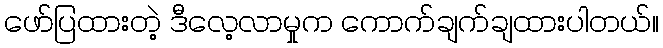
ဖော်ပြထားတဲ့ ဒီလေ့လာမှုက ကောက်ချက်ချထားပါတယ်။